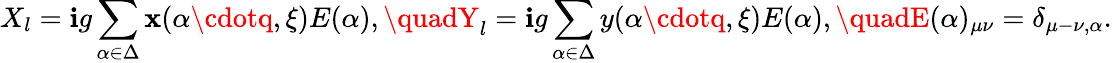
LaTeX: X_{l}=\mathbf{i}g\sum_{\alpha\in\Delta}\mathbf{x}(\alpha\cdotq,\xi)E(\alpha),\quadY_{l}=\mathbf{i}g\sum_{\alpha\in\Delta}y(\alpha\cdotq,\xi)E(\alpha),\quadE(\alpha)_{\mu\nu}=\delta_{\mu-\nu,\alpha}.